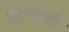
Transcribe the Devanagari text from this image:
एड्जेसेंसी